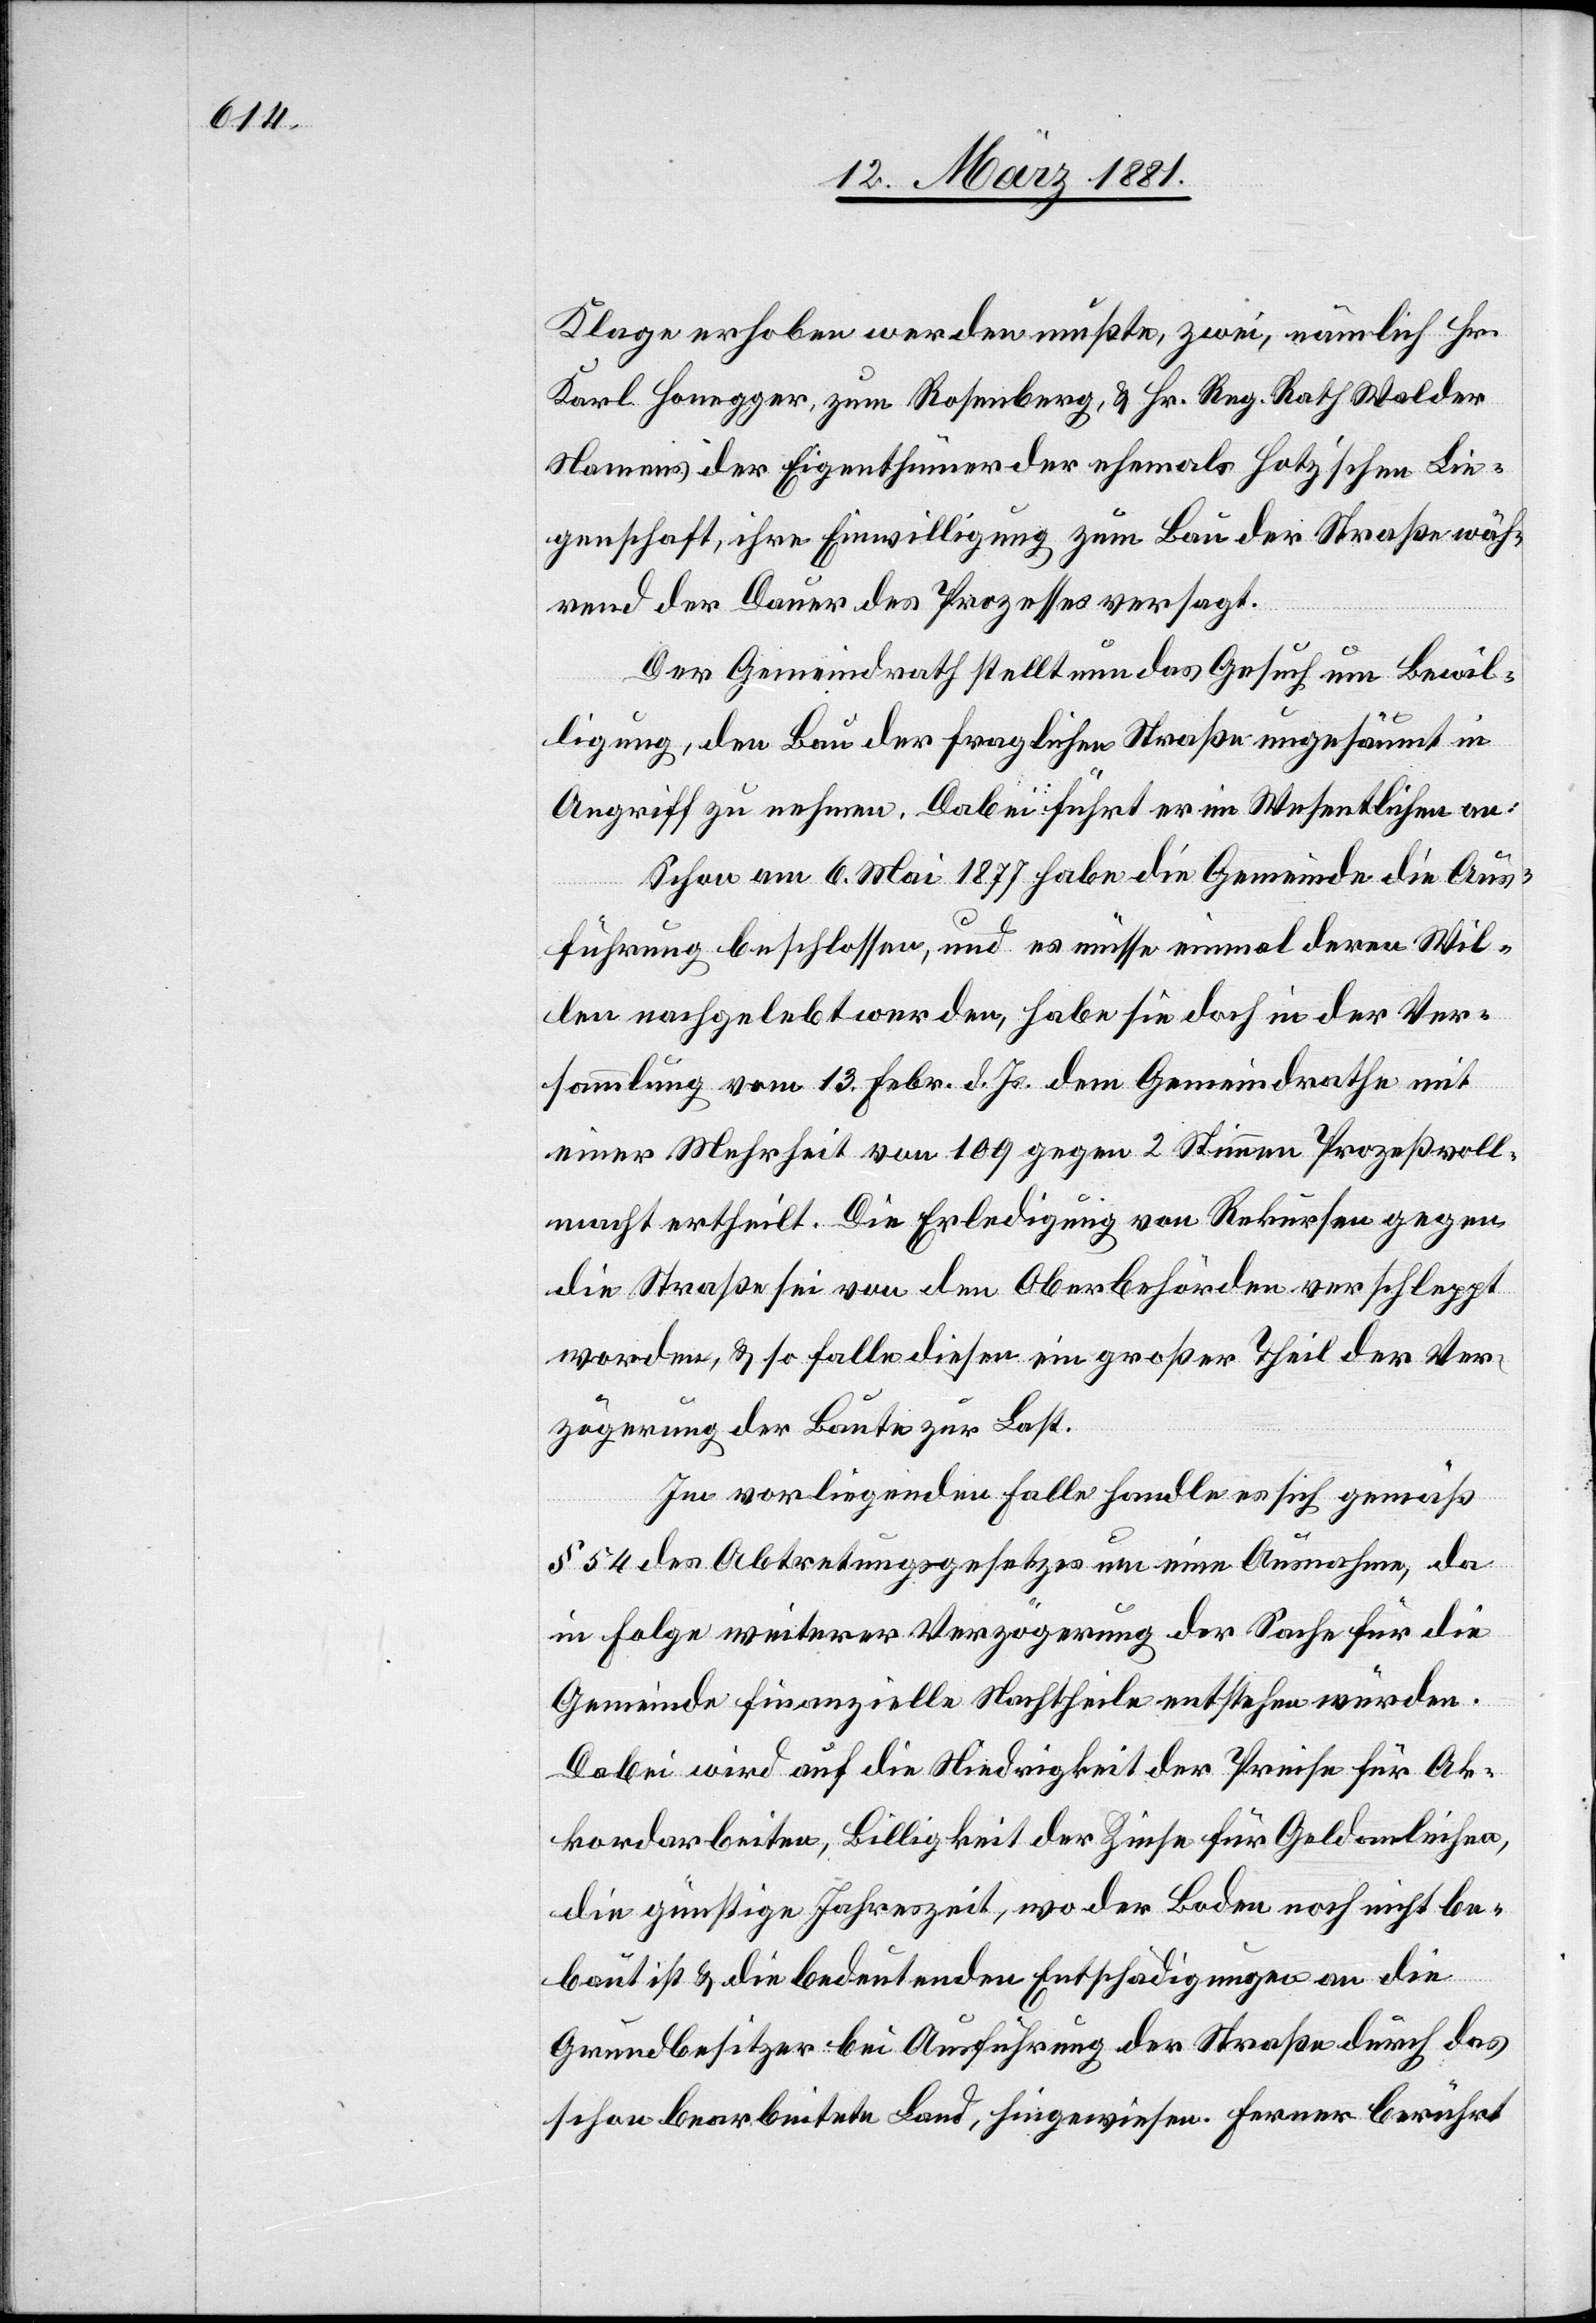
Klage erhoben werden müßte, zwei, nämlich Hr.
Karl Honegger, zum Rosenberg, & Hr. Reg. Rath Walder
Namens der Eigenthümer der ehemals Hotz’schen Lie¬
genschaft, ihre Einwilligung zum Bau der Straße wäh¬
rend der Dauer des Prozesses versagt.
Der Gemeindrath stellt nun das Gesuch um Bewil¬
ligung, den Bau der fraglichen Straße ungesäumt in
Angriff zu nehmen. Dabei führt er im Wesentlichen an:
Schon am 6. März 1877 habe die Gemeinde die Aus¬
führung beschlossen, und es müsse einmal deren Wil¬
len nachgelebt werden, habe sie doch in der Ver¬
sammlung vom 13. Febr. d. Js. dem Gemeindrathe mit
einer Mehrheit von 109 gegen 2 Stimmen Prozeßvoll¬
macht ertheilt. Die Erledigung von Rekursen gegen
die Straße sei von den Oberbehörden verschleppt
worden, & so falle diesen ein großer Theil der Ver¬
zögerung der Baute zur Last.
Im vorliegenden Falle handle es sich gemäß
§ 54 des Abtretungsgesetzes um eine Ausnahme, da
in Folge weiterer Verzögerung der Sache für die
Gemeinde finanzielle Nachtheile entstehen würden.
Dabei wird auf die Niedrigkeit der Preise für Ak¬
kordarbeiten, Billigkeit der Zinse für Geldanleihen,
die günstige Jahreszeit, wo der Boden noch nicht be¬
baut ist & die bedeutenden Entschädigungen an die
Grundbesitzer bei Ausführung der Straße durch das
schon bearbeitete Land, hingewiesen. Ferner berührt